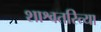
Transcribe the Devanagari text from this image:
शाश्वतरित्या